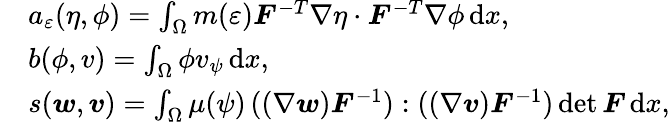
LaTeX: \begin{array}{rl}&{a_{\varepsilon}(\eta,\phi)=\int_{\Omega}m(\varepsilon)\boldsymbol{F}^{-T}\nabla\eta\cdot\boldsymbol{F}^{-T}\nabla\phi\, \mathrm{d}x,}\\ &{b(\phi,v)=\int_{\Omega}\phi v_{\psi}\, \mathrm{d}x,}\\ &{s(\boldsymbol{w},\boldsymbol{v})=\int_{\Omega}\mu(\psi)\, ((\nabla\boldsymbol{w})\boldsymbol{F}^{-1}):((\nabla\boldsymbol{v})\boldsymbol{F}^{-1})\operatorname*{det}\boldsymbol{F}\, \mathrm{d}x,}\end{array}